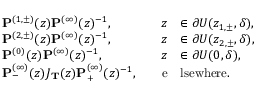
\begin{array} { r l r l } & { \mathbf { P } ^ { ( 1 , \pm ) } ( z ) \mathbf { P } ^ { ( \infty ) } ( z ) ^ { - 1 } , \quad } & { z } & { \in \partial U ( z _ { 1 , \pm } , \delta ) , } \\ & { \mathbf { P } ^ { ( 2 , \pm ) } ( z ) \mathbf { P } ^ { ( \infty ) } ( z ) ^ { - 1 } , \quad } & { z } & { \in \partial U ( z _ { 2 , \pm } , \delta ) , } \\ & { \mathbf { P } ^ { ( 0 ) } ( z ) \mathbf { P } ^ { ( \infty ) } ( z ) ^ { - 1 } , \quad } & { z } & { \in \partial U ( 0 , \delta ) , } \\ & { \mathbf { P } _ { - } ^ { ( \infty ) } ( z ) J _ { \mathbf { T } } ( z ) \mathbf { P } _ { + } ^ { ( \infty ) } ( z ) ^ { - 1 } , \quad } & { \mathrm { e } } & { \mathrm { l s e w h e r e } . } \end{array}